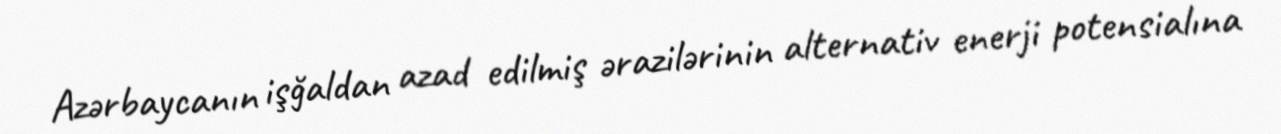
Azərbaycanın işğaldan azad edilmiş ərazilərinin alternativ enerji potensialına